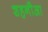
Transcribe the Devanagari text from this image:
शहनौआ